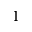
1